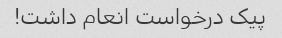
پیک درخواست انعام داشت!